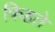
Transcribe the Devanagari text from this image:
फिहते